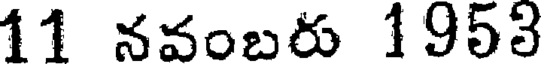
11 నవంబరు 1953